Annual statistical returns and brief notes on vaccination in Bengal - 1909-1929
Year: 1909
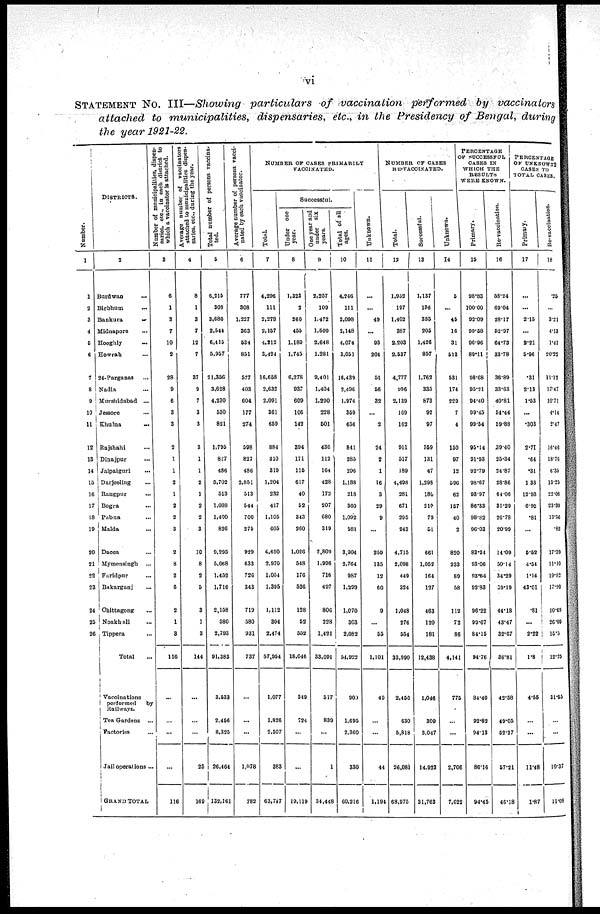
vi
STATEMENT No. III—Showing particulars of vaccination performed by vaccinators
attached to municipalities, dispensaries, etc., in the Presidency of Bengal, during
the year 1921-22.
Number.
1
1
2
3
4
5
6
7
8
9
10
11
12
13
14
15
16
17
18
19
20
21
22
23
24
25
26
DISTRICTS.
2
Burdwan ...
Birbhum ...
Bankura
...
Midnapore ...
Hooghly
...
Howrah ...
24-Parganas ...
Nadia ...
Murshidabad ...
Jessore ...
Khulna
...
Rajshahi ...
Dinajpur ...
Jalpaiguri ...
Darjeeling ...
Rangpur ...
Bogra ...
Pabna ...
Malda ...
Dacca ...
Mymensingh ...
Faridpur ...
Bakarganj ...
Chittagong ...
Noakhali ...
Tippera ...
Total
...
Vaccinations
performed
by
Railways.
Tea Gardens ...
Factories ...
Jail operations...
GRAND TOTAL
Number of municipalities, dispen¬
saries, etc., in each district to
which a vaccinator is attached.
3
6
1
3
7
10
2
28
9
6
3
3
2
1
1
2
1
2
2
3
2
8
2
6
2
1
8
116
...
...
...
...
116
Average number of vaccinators
attached to municipalities dispen-
saries, etc.,
during the year.
4
8
1
3
7
12
7
37
9
7
3
3
3
1
1
2
1
2
2
3
10
8
2
5
8
1
3
144
...
...
...
25
169
Total number of persons vaccina¬
ted.
5
6,215
308
3,680
2,544
6,415
5,957
21,356
3,628
4,230
530
821
1,795
827
486
5,702
513
1,088
1,400
826
9,295
5,068
1,452
1,716
2,158
580
2,793
91,383
3,533
2,456
8,325
26,464
132,161
Average number of persons vacci-
nated by each vaccinator.
6
777
308
1,227
363
534
851
577
403
604
177
274
598
827
486
2,851
513
544
700
275
929
633
726
343
719
580
931
737
...
...
...
1,078
782
NUMBER OF CASES PRIMARILY
VACCINATED.
Total.
7
4,296
111
2,278
2,157
4,212
3,424
16,658
2,632
2,091
361
659
884
310
319
1,204
232
417
1,105
605
4,690
2,970
1,054
1,395
1,112
304
2,474
57,954
1,077
1,826
2,507
383
63,747
Successful.
Under one
year.
8
1,323
2
260
455
1,189
1,745
6,278
937
609
106
142
394
171
115
617
40
52
343
260
1,026
548
176
526
128
52
552
18,046
349
724
...
...
19,119
One year and
under six
years.
9
2,257
109
1,472
1,509
2,648
1,281
9,401
1,404
1,390
228
501
436
112
164
428
172
207
680
319
2,809
1,996
716
497
806
228
1,421
33,091
517
839
...
1
34,448
Total of all
ages.
10
4,246
111
2,098
2,148
4,074
3,051
16,439
2,496
1,974
359
656
841
285
206
1,188
218
360
1,092
581
3,904
2,764
987
1,299
1,070
303
2,082
54,922
909
1,695
2,360
330
60,216
Unknown.
11
...
...
49
...
93
304
51
56
33
...
2
24
2
1
16
3
29
9
...
259
135
12
60
9
...
55
1,101
49
...
...
44
1,194
NUMBER OF CASES
RE-VACCINATED.
Total.
12
1,952
197
1,402
387
2,203
2,537
4,777
996
2,139
169
162
911
517
189
4,498
281
671
295
243
4,715
2,098
449
324
1,048
276
554
33,990
2,456
630
5,818
26,081
68,975
Successful.
13
1,137
136
395
205
1,426
857
1,762
335
873
92
97
359
131
47
1,298
180
210
79
51
661
1,052
164
127
463
120
181
12,438
1,046
309
3,047
14,923
81,763
Unknown.
14
5
...
45
16
31
513
531
174
229
7
4
150
97
12
596
62
157
40
2
820
233
89
58
112
72
86
4,141
775
...
...
2,706
7,623
PERCENTAGE
OF SUCCESSFUL
CASES IN
WINCH THE
RESULTS
WERE KNOWN.
Primary.
15
98.83
100.00
93.09
99.58
96.96
89.11
98.68
95.21
94.40
99.45
99.54
95.14
91.93
92.79
98.67
93.97
86.33
98.82
96.03
83.24
93.06
93.64
92.83
96.22
99.67
84.15
94.76
84.40
92.82
94.13
86.16
94.45
Re-vaccination.
16
58.24
69.04
28.17
52.97
64.73
33.78
36.89
33.63
40.81
54.44
59.88
39.40
25.34
24.87
28.86
64.06
31.29
26.78
20.99
14.09
50.14
34.29
39.19
44.18
43.47
32.67
36.81
42.58
49.05
52.37
57.31
46.18
PERCENTAGE
OF UNKNOWN2
CASES TO
TOTAL CASES.
Primary.
17
...
...
2.15
...
2.21
5.96
.31
2.13
1.53
...
.303
2.71
.64
.31
1.33
12.93
6.95
.81
...
5.52
4.54
1.14
43.01
.81
...
2.22
1.8
4.55
...
...
11.48
1.87
Re-vaccination.
18
.25
...
3.21
4.18
1.41
20.22
11.12
17.47
10.71
4.14
2.47
16.46
18.76
6.35
13.25
22.06
23.39
13.56
.82
17.39
11.10
19.82
17.90
10.69
26.09
15.5
12.25
31.65
...
...
10.37
11.08